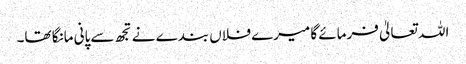
اللہ تعالیٰ فرمائے گا میرے فلاں بندے نے تجھ سے پانی مانگا تھا۔